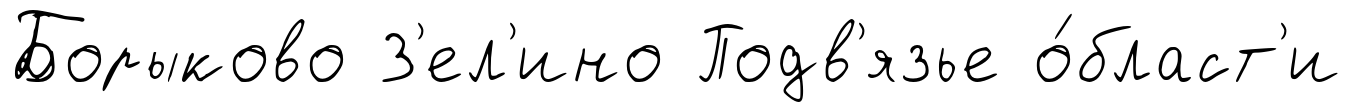
Борыково З'ел'ино Подв'язье о́бласт'и